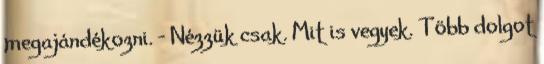
megajándékozni. - Nézzük csak. Mit is vegyek. Több dolgot